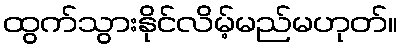
ထွက်သွားနိုင်လိမ့်မည်မဟုတ်။